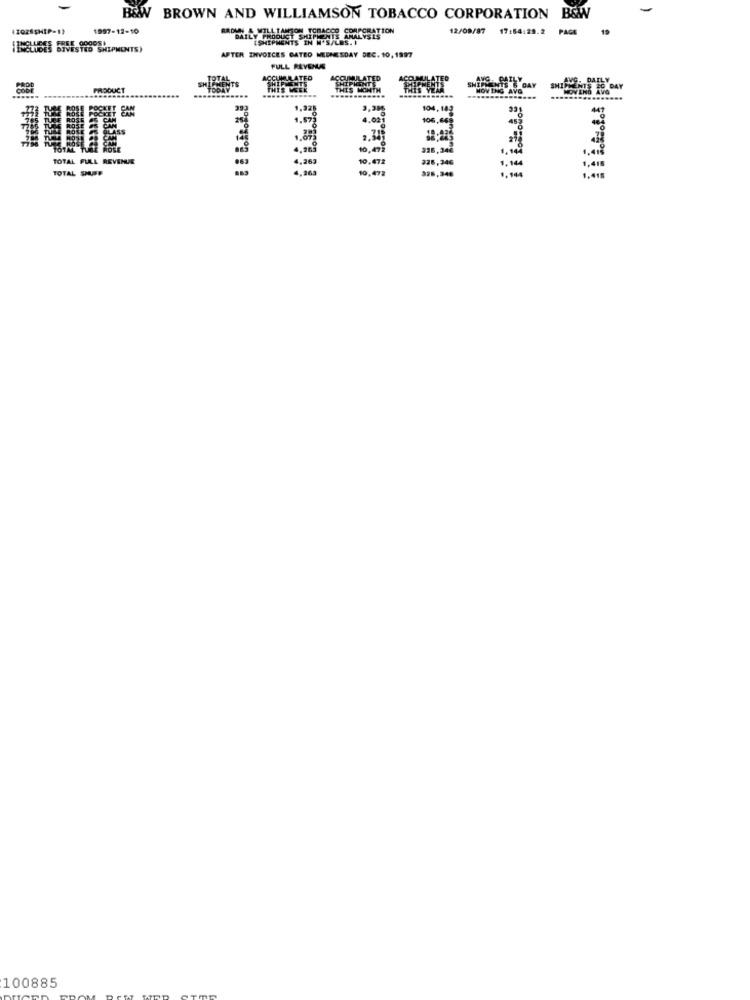
B&W BROWN AND WILLIAMSON TOBACCO CORPORATION B&W
1997-12-10
12/09/87
17:54:29.2
PAGE
BROWN & WILLIAMSON TOBACCO SPARSE
SHIPMENTS IN'N'S/LOS. I
ELUDES BIVESTED SHIPMENTS)
AFTER INVOICES GATED WEDNESDAY DEC. 10, 1997
FULL REVENUS
TOTA
CUMULATED
ACCUMULATED
VS. PAILY
PRODUCT
THIS MONTH
SHIPMENTS 6 DAY
ING AVG
THAT'S TO DAY
1,221
3,386
104,182
CAN
1.579
106,665
228,346
TOTAL FULL REVENUE
4,263
10.472
326,346
TOTAL SHUFF
10,472
1.00
100885